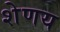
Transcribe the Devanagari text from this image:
शेणय